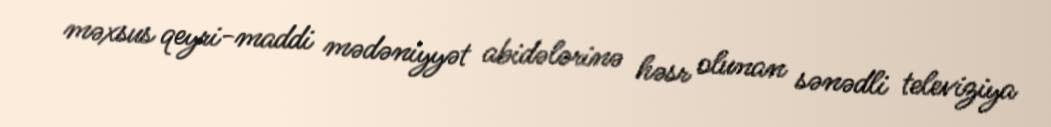
məxsus qeyri-maddi mədəniyyət abidələrinə həsr olunan sənədli televiziya